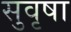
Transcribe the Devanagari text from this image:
सुवृषा